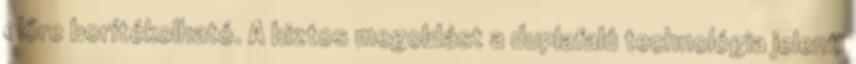
előre borítékolható. A biztos megoldást a duplafalú technológia jelenti